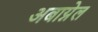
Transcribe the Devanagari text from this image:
अबाग्नेल